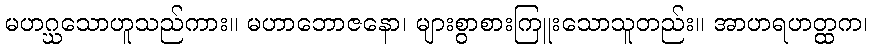
မဟဂ္ဃသောဟူသည်ကား။ မဟာဘောဇနော၊ များစွာစားကြူးသောသူတည်း။ အာဟရဟတ္ထက၊